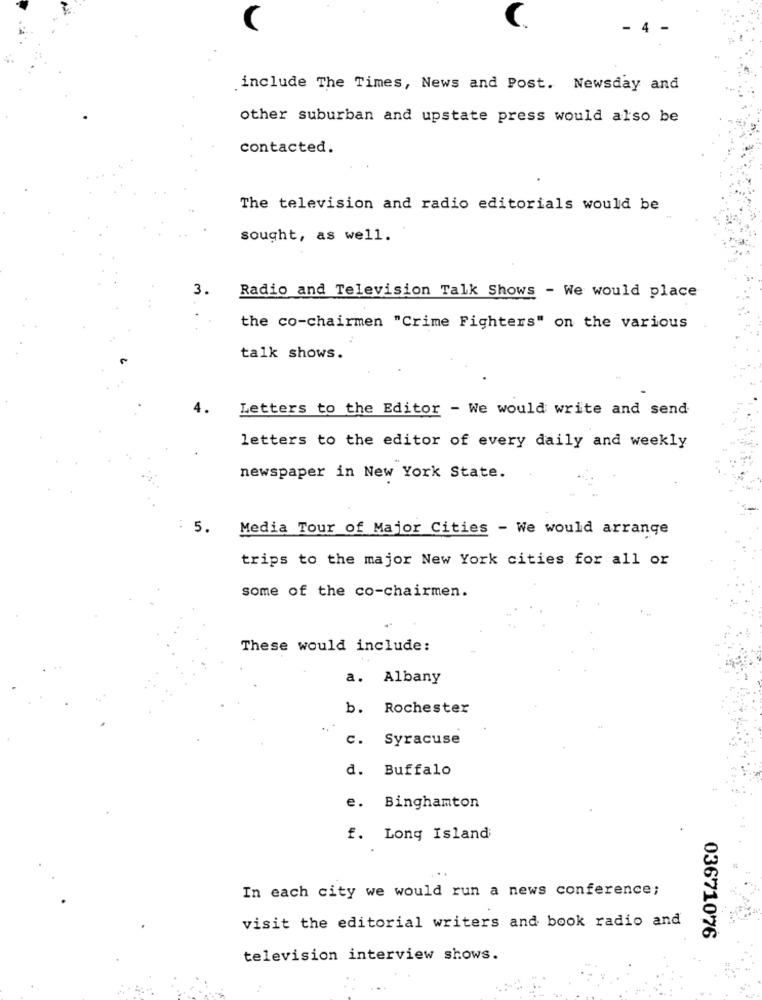
4
include The Times, News and Post. Newsday and
other suburban and upstate press would also be
contacted.
The television and radio editorials would be
sought, as well.
3.
Radio and Television Talk Shows - We would place
the co-chairmen "Crime Fighters" on the various
talk shows.
4.
Letters to the Editor - We would write and send
letters to the editor of every daily and weekly
newspaper in New York State.
5.
Media Tour of Major Cities - We would arrange
trips to the major New York cities for all or
some of the co-chairmen.
These would include:
a. Albany
b. Rochester
.. *
c. Syracuse
d. Buffalo
e. Binghamton
f. Long Island
In each city we would run a news conference;
visit the editorial writers and book radio and
03671076
television interview shows.